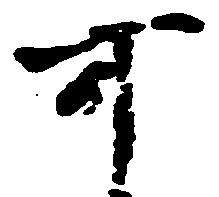
可